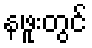
နဖူးတွင်